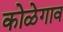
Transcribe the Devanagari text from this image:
कोळेगाव